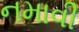
નમાવી